Sketch of the medical history of the native army of Bombay, for the year
Year: 1870
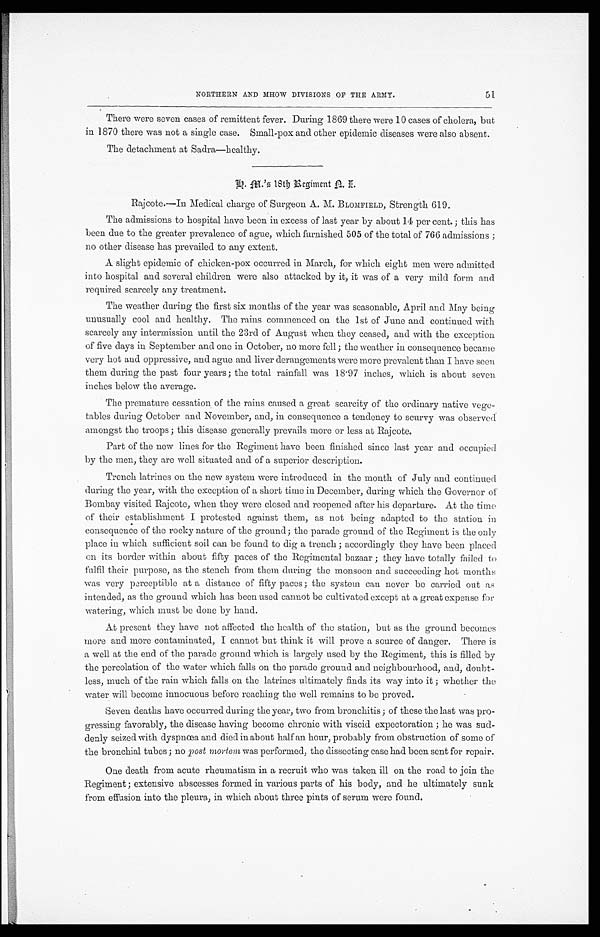
51
NORTHERN AND MHOW DIVISIONS OF THE ARMY.
There were seven cases of remittent fever. During 1869 there were 10 cases of cholera, but
in 1870 there was not a single case. Small-pox and other epidemic diseases were also absent.
The detachment at Sadra—healthy.
G. M.'s 18th Regiment N. I.
Rajcote.—In Medical charge of Surgeon A. M. BLOMFIELD, Strength 619.
The admissions to hospital have been in excess of last year by about 14 per cent.; this has
been due to the greater prevalence of ague, which furnished 505 of the total of 766 admissions;
no other disease has prevailed to any extent.
A slight epidemic of chicken-pox occurred in March, for which eight men were admitted
into hospital and several children were also attacked by it, it was of a very mild form and
required scarcely any treatment.
The weather during the first six months of the year was seasonable, April and May being
unusually cool and healthy. The rains commenced on the 1st of June and continued with
scarcely any intermission until the 23rd of August when they ceased, and with the exception
of five days in September and one in October, no more fell; the weather in consequence became
very hot and oppressive, and ague and liver derangements were more prevalent than I have seen
them during the past four years; the total rainfall was 18.97 inches, which is about seven
inches below the average.
The premature cessation of the rains caused a great scarcity of the ordinary native vege-
-tables during October and November, and, in consequence a tendency to scurvy was observed
amongst the troops ; this disease generally prevails more or less at Rajcote.
Part of the new lines for the Regiment have been finished since last year and occupied
by the men, they are well situated and of a superior description.
Trench latrines on the new system were introduced in the month of July and continued
during the year, with the exception of a short time in December, during which the Governor of
Bombay visited Rajcote, when they were closed and reopened after his departure. At the time
of their establishment I protested against them, as not being adapted to the station in
consequence of the rocky nature of the ground; the parade ground of the Regiment is the only
place in which sufficient soil can be found to dig a trench; accordingly they have been placed
on its border within about fifty paces of the Regimental bazaar; they have totally failed to
fulfil their purpose, as the stench from them during the monsoon and succeeding hot months
was very perceptible at a distance of fifty paces; the system can never be carried out as
intended, as the ground which has been used cannot be cultivated except at a great expense for
watering, which must be done by hand.
At present they have not affected the health of the station, but as the ground becomes
more and more contaminated, I cannot but think it will prove a source of danger. There is
a well at the end of the parade ground which is largely used by the Regiment, this is filled by
the percolation of the water which falls on the parade ground and neighbourhood, and, doubt
-less, much of the rain which falls on the latrines ultimately finds its way into it; whether the
water will become innocuous before reaching the well remains to be proved.
Seven deaths have occurred during the year, two from bronchitis; of these the last was pro
-gressing favorably, the disease having become chronic with viscid expectoration; he was sud
-denly seized with dyspnœa and died in about half an hour, probably from obstruction of some of
the bronchial tubes; no post mortem was performed, the dissecting case had been sent for repair.
One death from acute rheumatism in a recruit who was taken ill on the road to join the
Regiment; extensive abscesses formed in various parts of his body, and he ultimately sunk
from effusion into the pleura, in which about three pints of serum were found.